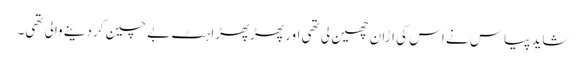
شاید پیاس نے اس کی اڑان چھین لی تھی اور پھڑپھڑاہٹ بے چین کردینے والی تھی۔